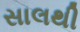
સાલથી